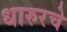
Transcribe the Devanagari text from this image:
धारुरचे